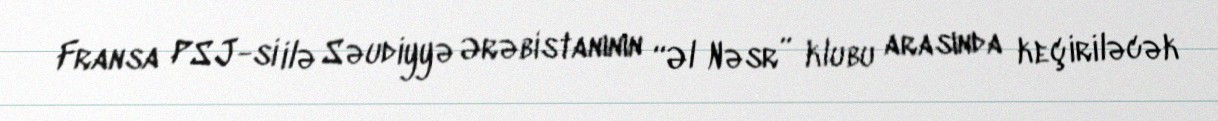
Fransa PSJ-si ilə Səudiyyə Ərəbistanının “Əl Nəsr” klubu arasında keçiriləcək